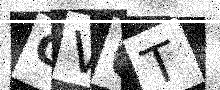
Text: GV6T